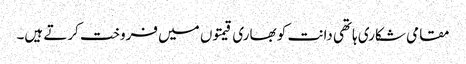
مقامی شکاری ہاتھی دانت کو بھاری قیمتوں میں فروخت کرتے ہیں۔